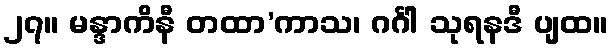
၂၇။ မန္ဒာကိနီ တထာ’ကာသ၊ ဂင်္ဂါ သုရနဒီ ပျထ။